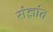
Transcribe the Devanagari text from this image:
संज्ञांत